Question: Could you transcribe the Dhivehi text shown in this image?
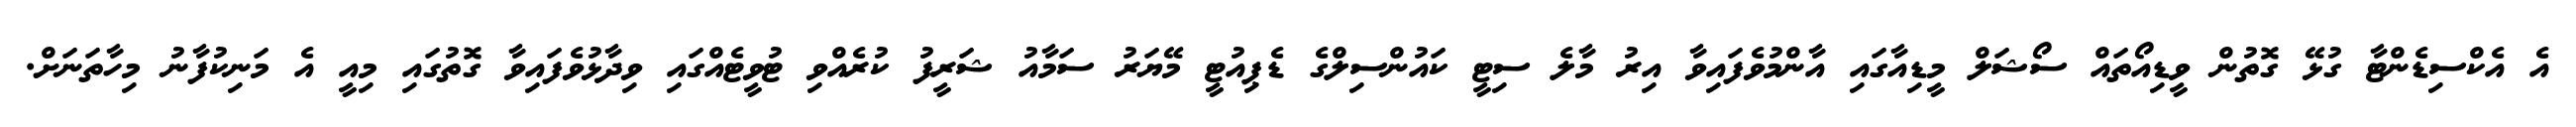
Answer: އެ އެކްސިޑެންޓާ ގުޅޭ ގޮތުން ވީޑިއޯތައް ސޯޝަލް މީޑިއާގައި އާންމުވެފައިވާ އިރު މާލެ ސިޓީ ކައުންސިލްގެ ޑެޕިއުޓީ މޭޔަރު ސަމާއު ޝަރީފު ކުރެއްވި ޓުވީޓެއްގައި ވިދާޅުވެފައިވާ ގޮތުގައި މިއީ އެ މަނިކުފާނު މިހާތަނަށް.